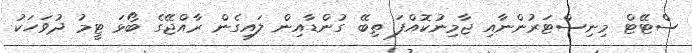
ސްޓޭޓް މިނިސްޓަރުންނާއި ޖާމިނުކޮއްފަ ތިބޭ ގުންޑާއިން ލައިގެން ރާއްޖޭގެ ބޯޅަ ޓީމު ދުވަހަކު